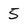
Character: 5